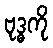
ဗုဒ္ဓကို